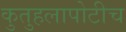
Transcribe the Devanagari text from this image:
कुतुहलापोटीच